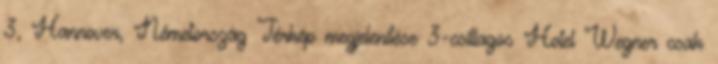
3, Hannover, Németország Térkép megjelenítése 3-csillagos Hotel Wegner csak